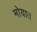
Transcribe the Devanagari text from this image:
मोयात